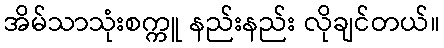
အိမ်သာသုံးစက္ကူ နည်းနည်း လိုချင်တယ်။